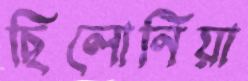
ছিলোনিয়া